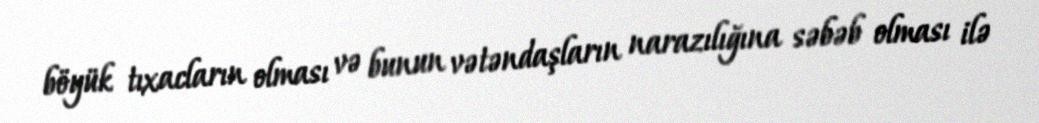
böyük tıxacların olması və bunun vətəndaşların narazılığına səbəb olması ilə